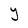
Character: Y